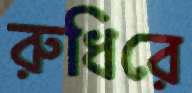
রুধিরে